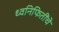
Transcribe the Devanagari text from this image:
ध्वनिफितींचे